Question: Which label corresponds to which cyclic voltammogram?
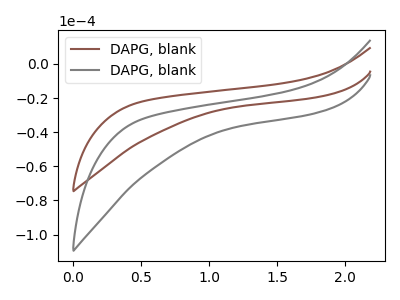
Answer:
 <answer>The brown curve is labeled "DAPG, blank1". The gray curve is labeled "DAPG, blank2".</answer>
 <eval></eval>